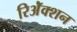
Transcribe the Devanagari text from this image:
रिॲेक्शन